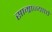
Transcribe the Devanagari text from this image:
साम्राज्यााचे